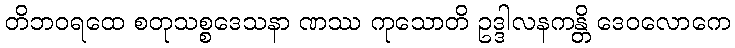
တိဘဝရထေ စတုသစ္စဒေသနာ ဏဿ ကုသောတိ ဥဒ္ဒါလနကန္တိ ဒေဝလောကေ